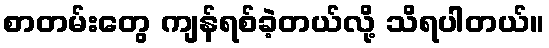
စာတမ်းတွေ ကျန်ရစ်ခဲ့တယ်လို့ သိရပါတယ်။